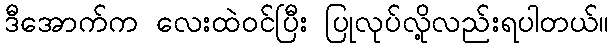
ဒီအောက်က လေးထဲဝင်ပြီး ပြုလုပ်လို့လည်းရပါတယ်။